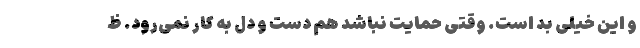
و این خیلی بد است. وقتی حمایت نباشد هم دست و دل به کار نمی‌رود. ظ